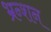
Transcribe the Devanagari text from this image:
भ्रन्शन